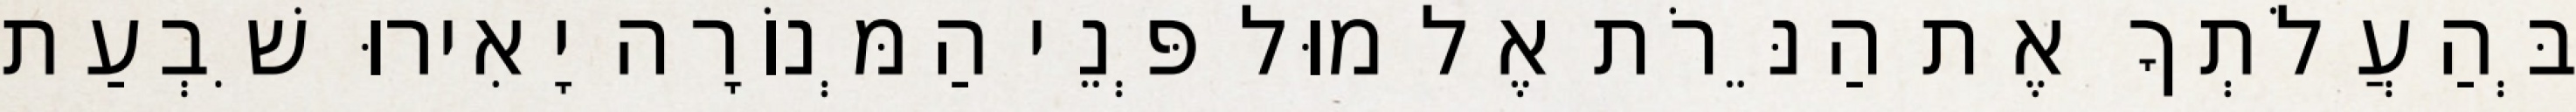
בְּהַעֲלֹתְךָ אֶת הַנֵּרֹת אֶל מוּל פְּנֵי הַמְּנוֹרָה יָאִירוּ שִׁבְעַת